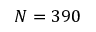
N = 3 9 0